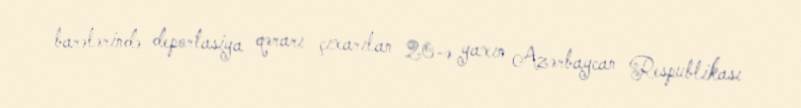
barələrində deportasiya qərarı çıxarılan 20-ə yaxın Azərbaycan Respublikası